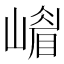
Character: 𡼴